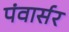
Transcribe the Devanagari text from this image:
पंवार्सर